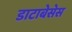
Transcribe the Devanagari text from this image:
डाटाबेसेस